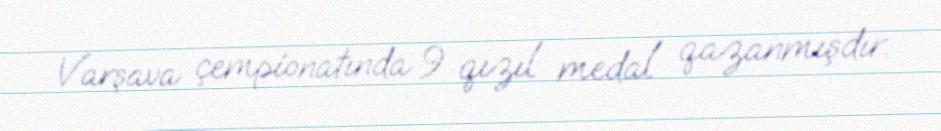
Varşava çempionatında 9 qızıl medal qazanmışdır.